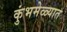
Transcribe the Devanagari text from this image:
कुंभमेळ्यात